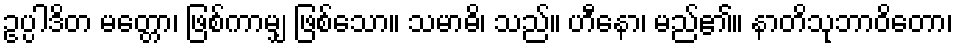
ဥပ္ပါဒိတ မတ္တော၊ ဖြစ်ကာမျှ ဖြစ်သော။ သမာဓိ၊ သည်။ ဟီနော၊ မည်၏။ နာတိသုဘာဝိတော၊